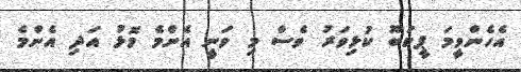
އެހެންވީމަ ޕީކަބޫ ކުޅިވަރު ވެސް މި ވަނީ އެންމެ މޮޅު އަދި އެންމެ